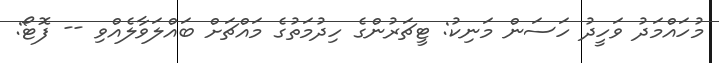
މުހައްމަދު ވަހީދު ހަސަން މަނިކު: ޓީޗަރުންގެ ހިދުމަތުގެ މައްޗަށް ބައްލަވާލެއްވި -- ފޮޓޯ: